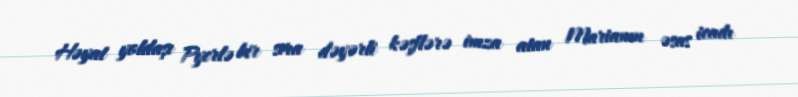
Həyat yoldaşı Pyerlə bir sıra dəyərli kəşflərə imza atan Marianın əsas icadı